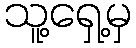
သူ့ရှေ့မှ